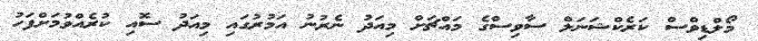
މޯލްޑިވްސް ކަރެކްޝަނަލް ސާވިސްގެ މައްޗަށް މިއަދު ނެރުނު އަމުރުގައި މިއަދު ސޮއި ކުރެއްވުމަށްފަހު